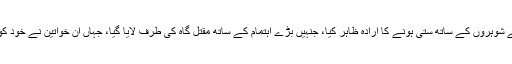
ان کی بیویوں نے اپنے شوہروں کے ساتھ ستی ہونے کا ارادہ ظاہر کیا، جنہیں بڑے اہتمام کے ساتھ مقتل گاہ کی طرف لایا گیا، جہاں ان خواتین نے خود کو آگ میں جھونک دیا۔